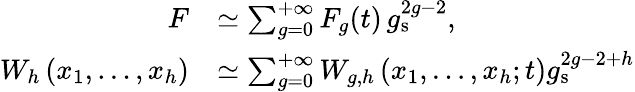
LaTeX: \begin{array}{rl}{F}&{\simeq\sum_{g=0}^{+\infty}F_{g}(t)\, g_{\mathrm{s}}^{2g-2},}\\ {W_{h}\left(x_{1},\ldots,x_{h}\right)}&{\simeq\sum_{g=0}^{+\infty}W_{g,h}\left(x_{1},\ldots,x_{h};t\right)g_{\mathrm{s}}^{2g-2+h}}\end{array}